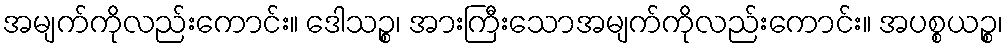
အမျက်ကိုလည်းကောင်း။ ဒေါသဉ္စ၊ အားကြီးသောအမျက်ကိုလည်းကောင်း။ အပစ္စယဉ္စ၊